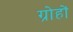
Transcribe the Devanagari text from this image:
ग्रोहों